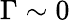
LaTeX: \Gamma\sim 0